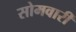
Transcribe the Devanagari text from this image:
सोमवारीं